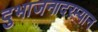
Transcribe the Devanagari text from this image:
दुभाजनादरम्यान